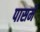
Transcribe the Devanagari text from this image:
पासमें